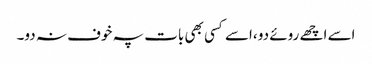
اسے اچھے روئے دو ،اسے کسی بھی بات پہ خوف نہ دو۔